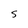
Character: S